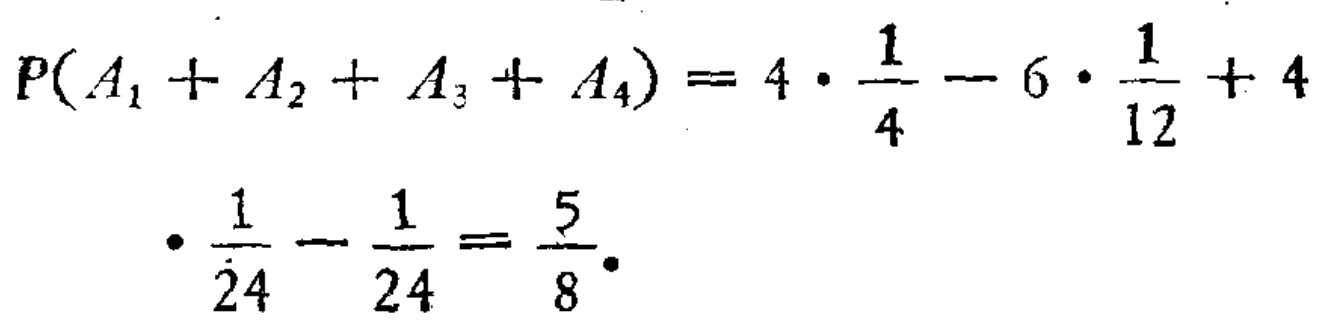
\[

\begin{align*}

P(A_1 + A_2 + A_3 + A_4)&=4\cdot\frac{1}{4}-6\cdot\frac{1}{12}+4\\

\cdot\frac{1}{24}-\frac{1}{24}&=\frac{5}{8}

\end{align*}

\]